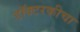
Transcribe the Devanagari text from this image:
डॉक्टरकीचा